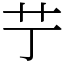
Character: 艼